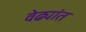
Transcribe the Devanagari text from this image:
वेढ्यांत